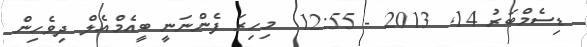
ޑިސެމްބަރު 14